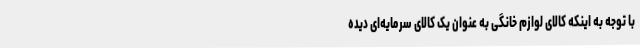
با توجه به اینکه کالای لوازم خانگی به عنوان یک کالای سرمایه‌ای دیده